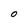
Character: O